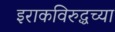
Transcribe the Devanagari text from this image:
इराकविरुद्धच्या